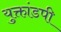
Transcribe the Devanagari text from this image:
युक्तांडपी